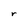
Character: r